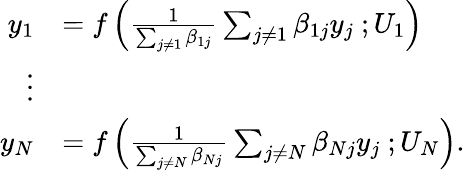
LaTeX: \begin{array}{rl}{y_{1}}&{=f\left(\frac{1}{\sum_{j\neq 1}\beta_{1j}}\sum_{j\neq 1}\beta_{1j}y_{j}\ ;U_{1}\right)}\\ {\vdots}&{}\\ {y_{N}}&{=f\left(\frac{1}{\sum_{j\neq N}\beta_{Nj}}\sum_{j\neq N}\beta_{Nj}y_{j}\ ;U_{N}\right).}\end{array}